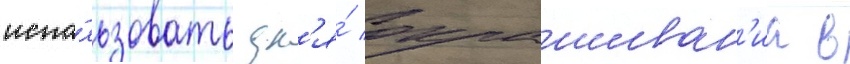
испо́льзовать дл'я́ окрашиван'иа в